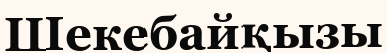
Шекебайқызы